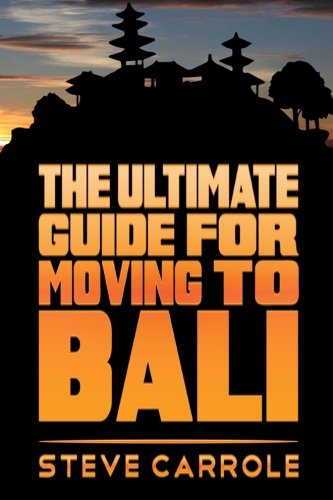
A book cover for The Ultimate Guide for Moving to Bali; Steve Carrole; Travel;